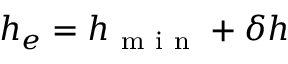
h _ { e } = h _ { \mathrm { ~ m ~ i ~ n ~ } } + \delta h